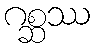
ဂစ္ဆဿ